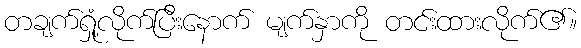
တချက်ရှုံ့လိုက်ပြီးနောက် မျက်နှာကို တင်းထားလိုက်၏။